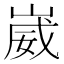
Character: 崴